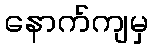
နောက်ကျမှ